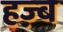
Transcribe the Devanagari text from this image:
हज़्ब